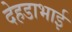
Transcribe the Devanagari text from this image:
देहडाभाई